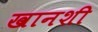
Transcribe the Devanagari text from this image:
खानशी